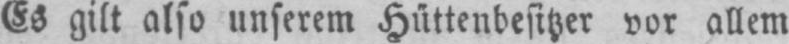
also unserem Hüttenbesitzer vor allem